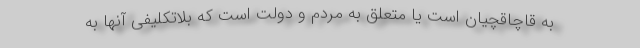
به قاچاقچیان است یا متعلق به مردم و دولت است که بلاتکلیفی آنها به